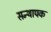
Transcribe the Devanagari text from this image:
सन्थापक